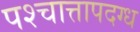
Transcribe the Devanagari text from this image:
पश्चात्तापदग्ध